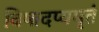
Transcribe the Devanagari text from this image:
विषादप्यमृतं